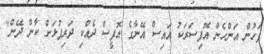
ފަހުން އަންހެން އޮފިސަރަކު އައިސް އޭނާގެ އޮފީސް ދެއްކި ދަރިފުޅަށް ކާން ދޭން"